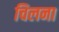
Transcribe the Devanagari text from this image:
चिलना